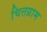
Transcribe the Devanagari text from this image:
चित्तग्राम